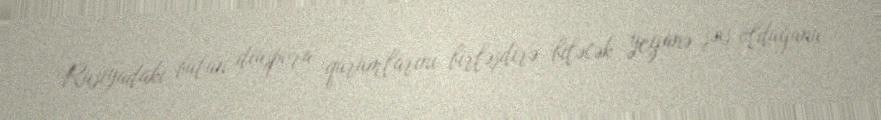
Rusiyadakı bütün diaspora qurumlarını birləşdirə biləcək yeganə şəxs olduğunu